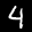
Label: 4